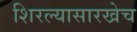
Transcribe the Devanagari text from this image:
शिरल्यासारखेच